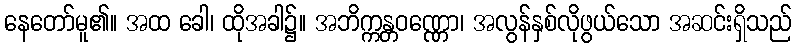
နေတော်မူ၏။ အထ ခေါ၊ ထိုအခါ၌။ အဘိက္ကန္တဝဏ္ဏော၊ အလွန်နှစ်လိုဖွယ်သော အဆင်းရှိသည်